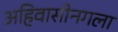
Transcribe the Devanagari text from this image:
अहिवासीनगला